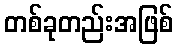
တစ်ခုတည်းအဖြစ်